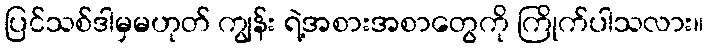
ပြင်သစ်ဒါမှမဟုတ် ကျွန်း ရဲ့အစားအစာတွေကို ကြိုက်ပါသလား။